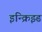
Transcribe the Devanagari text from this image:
इन्क्रिझ्ड